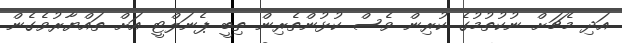
އަދި މެޗަށް ނުކުތުމުގެ ކުރިން ވެސް ކުޅުންތެރިން ތިބީ ޕެނަލްޓީ އަށް ތައްޔާރުވެގެން